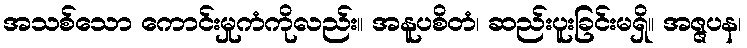
အသစ်သော ကောင်းမှုကံကိုလည်း။ အနူပစိတံ၊ ဆည်းပူးခြင်းမရှိ။ အဇ္ဇပန၊